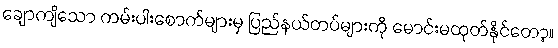
ချောကျိသော ကမ်းပါးစောက်များမှ ပြည်နယ်တပ်များကို မောင်းမထုတ်နိုင်တော့။